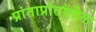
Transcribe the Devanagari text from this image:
प्रांताप्रांतांतील